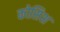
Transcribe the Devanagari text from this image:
कोसिश